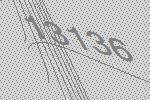
13136